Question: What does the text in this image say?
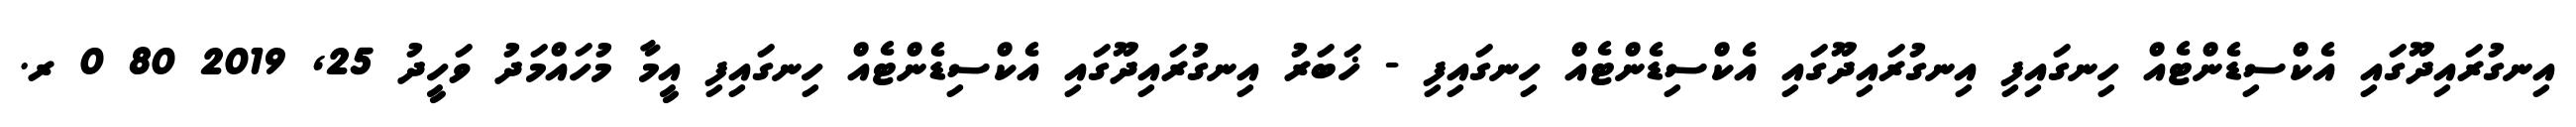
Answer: އިނގުރައިދޫގައި އެކްސިޑެންޓެއް ހިނގައިފި އިނގުރައިދޫގައި އެކްސިޑެންޓެއް ހިނގައިފި - ޚަބަރު އިނގުރައިދޫގައި އެކްސިޑެންޓެއް ހިނގައިފި އީމާ މުހައްމަދު ވަހީދު 25, 2019 80 0 ރ.